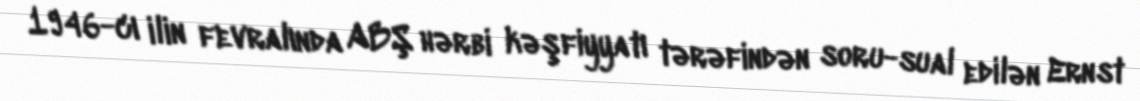
1946-cı ilin fevralında ABŞ hərbi kəşfiyyatı tərəfindən soru-sual edilən Ernst